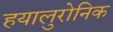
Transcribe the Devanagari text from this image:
हयालुरोनिक